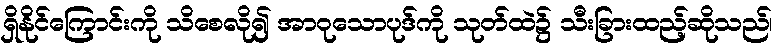
ရှိနိုင်ကြောင်းကို သိစေလို၍ အာဝုသောပုဒ်ကို သုတ်ထဲ၌ သီးခြားထည့်ဆိုသည်၊